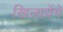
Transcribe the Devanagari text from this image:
खिलायेंगें